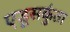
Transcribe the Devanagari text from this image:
एडूसकुंता